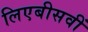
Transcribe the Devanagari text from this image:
लिएबीसवीं